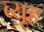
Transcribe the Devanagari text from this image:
ब्यूह